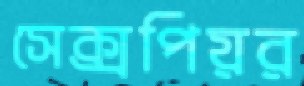
সেক্সপিয়র